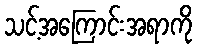
သင့်အကြောင်းအရာကို